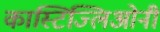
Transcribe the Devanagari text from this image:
कास्टिज्लिओनी